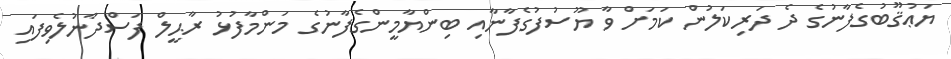
ޔަޢުޤޫބުގެފާނުގެ ދެ ދަރިކަލުން ކަމަށް ވާ ޔޫސުފުގެފާނާއި ބިންޔާމީންގެފާނުގެ މަންމާފުޅު ރާޙީލް ފަސްދާނުލެވިފައި